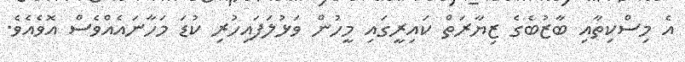
އެ މިސްކިތާއި ބާޒުބެގެ ޒިޔާރަތް ކައިރީގައި މީހުން ވަޅުލަފައިހުރި ކުޑަ މަހާނައެއްވެސް އޮވެއެވެ.